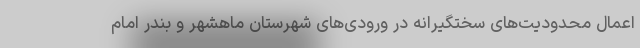
اعمال محدودیت‌های سختگیرانه در ورودی‌های شهرستان ماهشهر و بندر امام